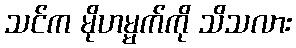
သင်က မိုဟမ္မက်ကို သိသလား